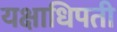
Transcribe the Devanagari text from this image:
यक्षाधिपती